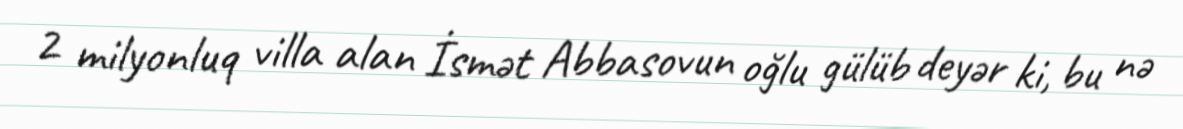
2 milyonluq villa alan İsmət Abbasovun oğlu gülüb deyər ki, bu nə